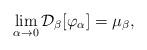
LaTeX: \begin{align*} \lim_{\alpha \to 0 }\mathcal{D}_\beta[\varphi_\alpha] = \mu_\beta,\end{align*}